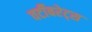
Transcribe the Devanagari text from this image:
वर्टीबरेट्स